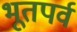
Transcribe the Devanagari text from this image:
भूतपर्व